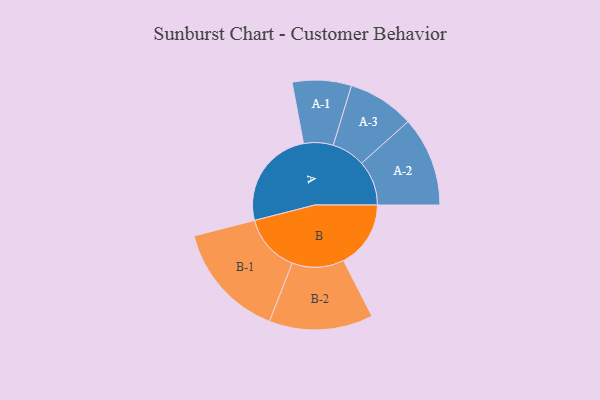
{"axis": {"x": "Segment", "y": "Value"}, "legend": ["", "A", "B"], "data": [{"x": "A", "y": 340, "type": ""}, {"x": "B", "y": 228, "type": ""}, {"x": "A-1", "y": 100, "type": "A"}, {"x": "A-2", "y": 152, "type": "A"}, {"x": "A-3", "y": 113, "type": "A"}, {"x": "B-1", "y": 197, "type": "B"}, {"x": "B-2", "y": 176, "type": "B"}]}